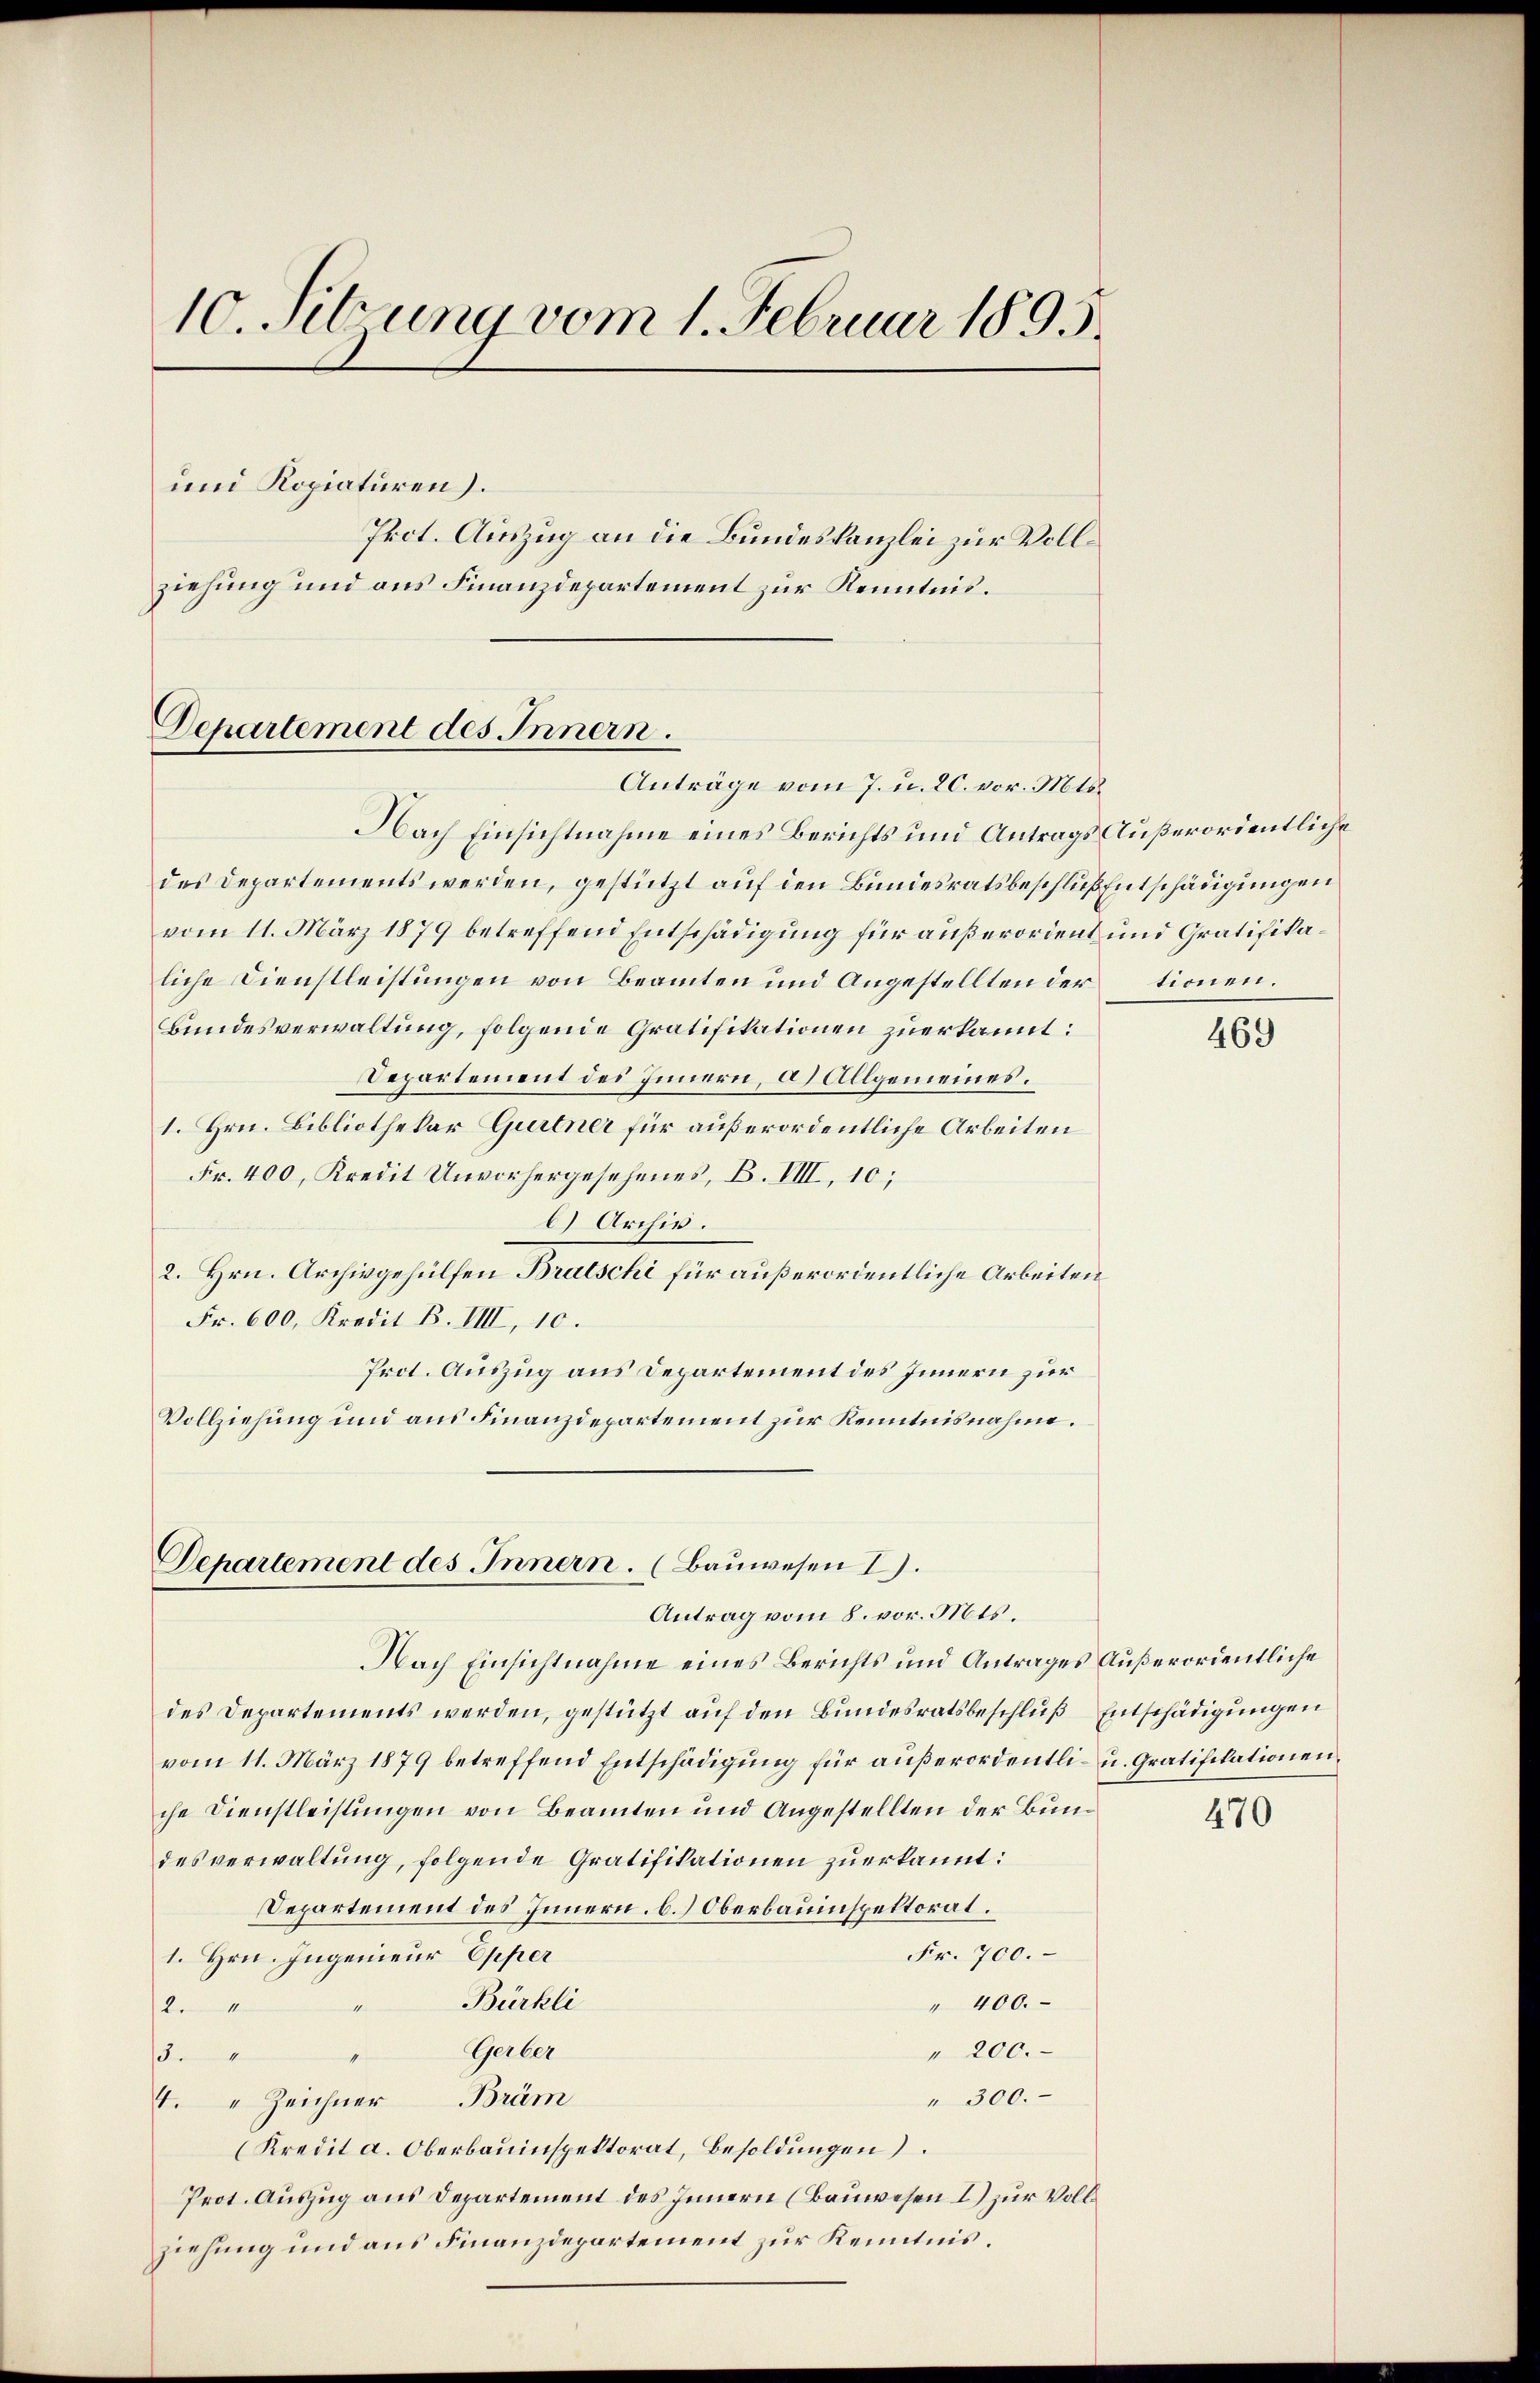
10. Sitzung vom 1. Februar 1895.
und Kopiaturen.
Prot. Auszug an die Bundeskanzlei zur Vollziehung und aus Finanzdepartement zur Kenntnis.

Departement des Innern.
Anträge vom 7. u. 20. vor. Mts.

Nach Einsichtnahme eines Berichts und Antrags Außerordentliche
des Departements werden, gestützt auf den Bundesratsbeschluß Entschädigungen
vom 11. März 1879 betreffend Entschädigung für außerordent und Gratifikaliche Dienstleistungen von Beamten und Angestellten der tionen.
Bundesverwaltung, folgende Gratifikationen zuerkannt:
Departement des Innern, a) Allgemeines.
1. Hrn. Bibliothekar Gurtner für außerordentliche Arbeiten
Fr. 400, Kredit Unvorhergesehenes, B. VIII, 10;
) Archiv.
2. Hrn. Archivgehülfen Brutschi für außerordentliche Arbeiten
Fr. 600, Kredit B. VIII, 10.
Prot. Auszug aus Departement des Innern zur
Vollziehung und aus Finanzdepartement zur Kenntnisnahme.

Departement des Innern. (Bauwesen I.
Antrag vom 8. vor. Mts.

Nach Einsichtnahme eines Berichts und Antrages Außerordentliche
des Departements werden, gestützt auf den Bundesratsbeschluß Entschädigungen
vom 11. März 1879 betreffend Entschädigung für außerordentli- u. Gratifikationen
che Dienstleistungen von Beamten und Angestellten der Bundesverwaltung, folgende Gratifikationen zuerkannt:
Departement des Innern, b.) Oberbauinspektorat.
Fr. 700.
1. Hrn. Ingenieur Opper
Bürkli
" 400.
24
Gerber
" 200.
5.
" 300.
1. " Zeichner Brüm
(Kredit a. Oberbauinspektorat, Besoldŭngen).
Prot. Auszug aus Departement des Innern (Bauwesen I) zur Vollziehung und aus Finanzdepartement zur Kenntnis.

469

470